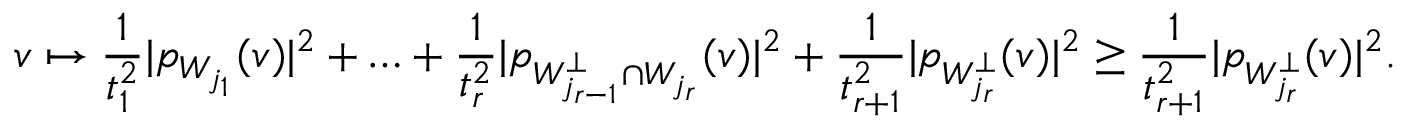
v \mapsto \frac { 1 } { t _ { 1 } ^ { 2 } } | p _ { W _ { j _ { 1 } } } ( v ) | ^ { 2 } + \ldots + \frac { 1 } { t _ { r } ^ { 2 } } | p _ { W _ { j _ { r - 1 } } ^ { \perp } \cap W _ { j _ { r } } } ( v ) | ^ { 2 } + \frac { 1 } { t _ { r + 1 } ^ { 2 } } | p _ { W _ { j _ { r } } ^ { \perp } } ( v ) | ^ { 2 } \geq \frac { 1 } { t _ { r + 1 } ^ { 2 } } | p _ { W _ { j _ { r } } ^ { \perp } } ( v ) | ^ { 2 } .